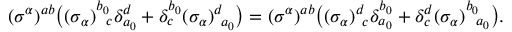
( \sigma ^ { \alpha } ) ^ { a b } \bigr ( ( \sigma _ { \alpha } ) _ { ~ ~ \! c } ^ { b _ { 0 } } \delta _ { a _ { 0 } } ^ { d } + \delta _ { c } ^ { b _ { 0 } } ( \sigma _ { \alpha } ) _ { ~ a _ { 0 } } ^ { d } \bigr ) = ( \sigma ^ { \alpha } ) ^ { a b } \bigr ( ( \sigma _ { \alpha } ) _ { ~ c } ^ { d } \delta _ { a _ { 0 } } ^ { b _ { 0 } } + \delta _ { c } ^ { d } ( \sigma _ { \alpha } ) _ { ~ ~ \! a _ { 0 } } ^ { b _ { 0 } } \bigr ) .